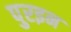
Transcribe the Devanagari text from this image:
पुरइन